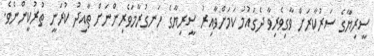
ސީރިޔާގެ ސަރުކާރަށް ވާގިވެރިވާ ދެގައުމު ކަމަށްވާއިރު ސީރިޔާގެ ހަނގުރާމަވެރިންނަށް ތާއިދު ކުރަނީ ތުރުކީންނެވެ.